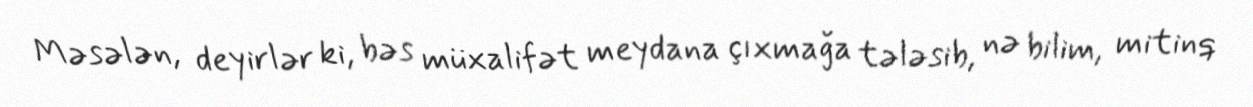
Məsələn, deyirlər ki, bəs müxalifət meydana çıxmağa tələsib, nə bilim, mitinq